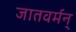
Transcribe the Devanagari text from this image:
जातवर्मन्‌